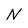
Character: N